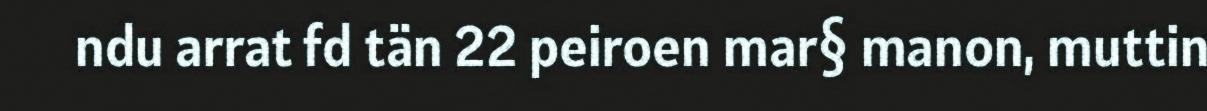
ndu arrat fd tän 22 peiroen mar§ manon, muttin